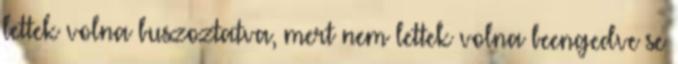
lettek volna buszoztatva, mert nem lettek volna beengedve se